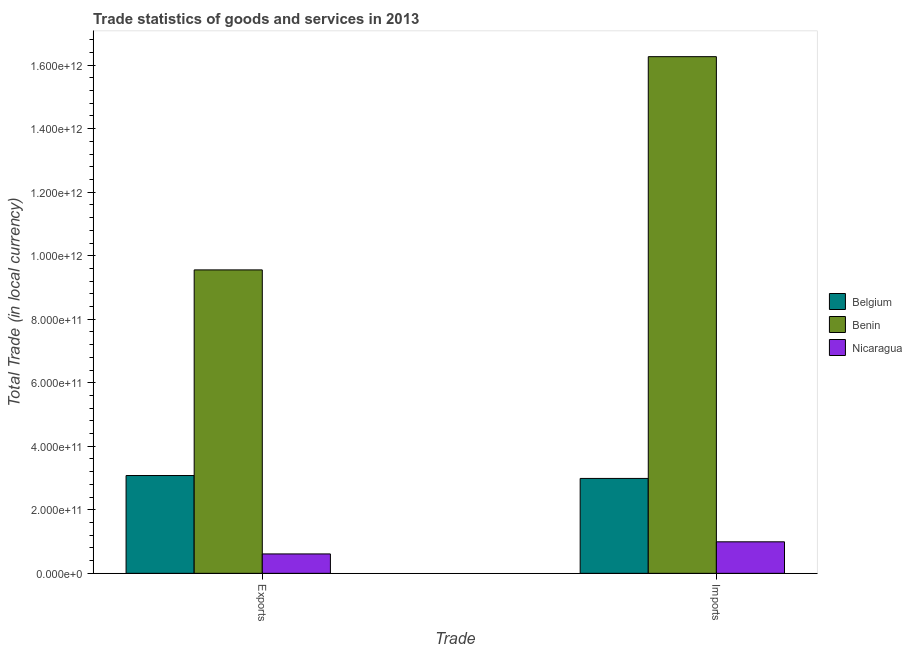
| Trade | Belgium | Benin | Nicaragua |
 | --- | --- | --- | --- |
 | Exports | 3.08e+11 | 9.55e+11 | 6.11e+10 |
 | Imports | 2.99e+11 | 1.63e+12 | 9.92e+10 |